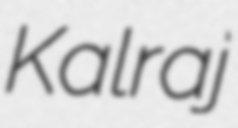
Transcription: Kalraj